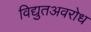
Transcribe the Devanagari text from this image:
विद्युतअवरोध